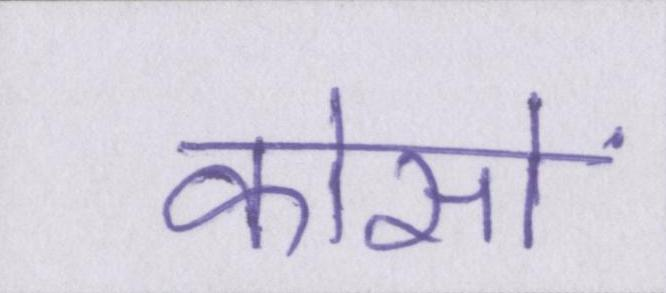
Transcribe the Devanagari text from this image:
कोसों